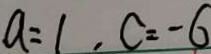
a = 1 , c = - 6